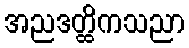
အညဒတ္ထိကသညာ